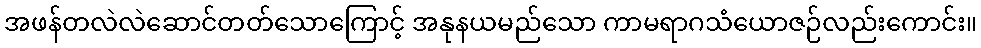
အဖန်တလဲလဲဆောင်တတ်သောကြောင့် အနုနယမည်သော ကာမရာဂသံယောဇဉ်လည်းကောင်း။